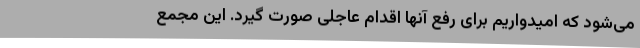
می‌شود که امیدواریم برای رفع آنها اقدام عاجلی صورت گیرد. این مجمع